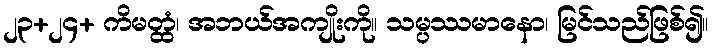
၂၃+၂၄+ ကိမတ္ထံ၊ အဘယ်အကျိုးကို။ သမ္ပဿမာနော၊ မြင်သည်ဖြစ်၍။